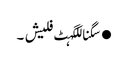
●سگناللگہٹ فلیش ۔